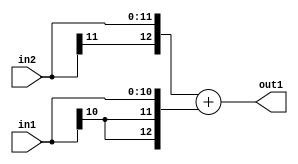
`timescale 1ps / 1ps
/*****************************************************************************
    Verilog RTL Description
    
    
    Created by: Stratus DpOpt 2019.1.01 
*******************************************************************************/

module DC_Filter_Add_12Sx11S_13S_1 (
	in2,
	in1,
	out1
	); /* architecture "behavioural" */ 
input [11:0] in2;
input [10:0] in1;
output [12:0] out1;
wire [12:0] asc001;

assign asc001 = 
	+({in2[11], in2})
	+({{2{in1[10]}}, in1});

assign out1 = asc001;
endmodule

/* CADENCE  ubX0Qww= : u9/ySgnWtBlWxVPRXgAZ4Og= ** DO NOT EDIT THIS LINE ******/